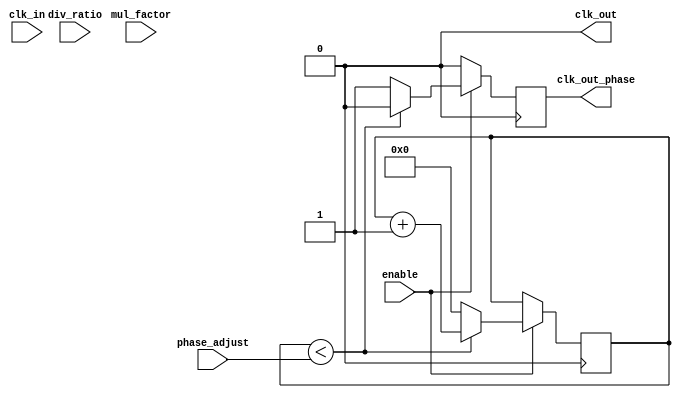
module ProgrammableClockBuffer (
    input wire clk_in,                // Input clock signal
    input wire [3:0] div_ratio,       // Division ratio (1 to 16)
    input wire [3:0] mul_factor,       // Multiplication factor (1 to 16)
    input wire [3:0] phase_adjust,     // Phase adjustment in clock cycles
    input wire enable,                 // Enable signal for the clock buffer
    output reg clk_out,                // Output clock signal
    output reg clk_out_phase           // Output clock signal with phase adjustment
);

    reg [3:0] counter;                 // Counter for frequency division
    reg [3:0] phase_counter;           // Counter for phase adjustment
    reg clk_div;                       // Divided clock signal

    // Frequency Divider
    always @(posedge clk_in) begin
        if (enable) begin
            if (counter < div_ratio - 1) begin
                counter <= counter + 1;
                clk_div <= 0; // Hold low until counter reaches div_ratio
            end else begin
                counter <= 0;
                clk_div <= 1; // Toggle clock output
            end
        end else begin
            clk_div <= 0; // Disable output when not enabled
        end
    end

    // Clock Multiplier
    always @(posedge clk_div) begin
        if (enable) begin
            clk_out <= 1; // Generate high pulse
            #((mul_factor - 1) * 5) clk_out <= 0; // Generate low pulse
        end else begin
            clk_out <= 0; // Disable output when not enabled
        end
    end

    // Phase Adjustment
    always @(posedge clk_out) begin
        if (enable) begin
            if (phase_counter < phase_adjust) begin
                phase_counter <= phase_counter + 1;
                clk_out_phase <= clk_out; // Hold output clock
            end else begin
                phase_counter <= 0;
                clk_out_phase <= ~clk_out; // Adjust phase
            end
        end else begin
            clk_out_phase <= 0; // Disable output when not enabled
        end
    end

    // Initialize counters
    initial begin
        counter = 0;
        phase_counter = 0;
        clk_out = 0;
        clk_out_phase = 0;
    end

endmodule